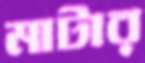
মাটার